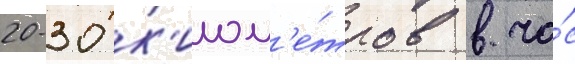
20-30 к'илом'е́тров в ча́с